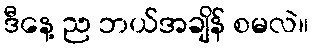
ဒီနေ့ ည ဘယ်အချိန် စမလဲ။